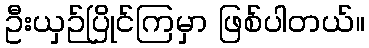
ဦးယှဉ်ပြိုင်ကြမှာ ဖြစ်ပါတယ်။